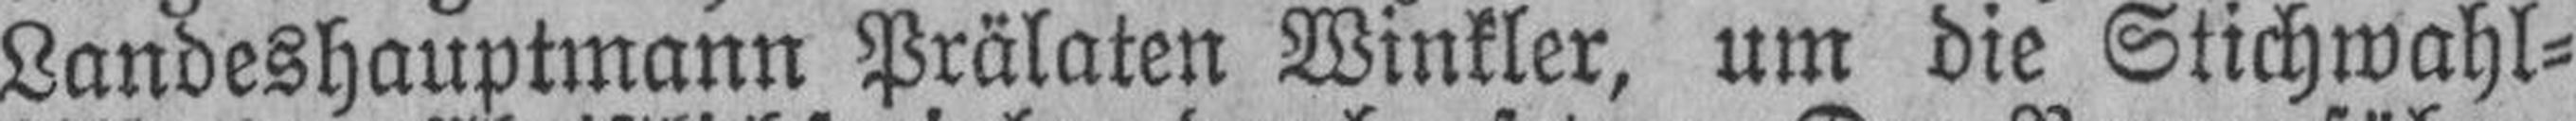
Landeshauptmann Prälaten Winkler, um die Stichwahl¬